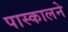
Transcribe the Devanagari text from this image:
पास्कालने